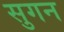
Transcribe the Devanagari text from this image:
सुगन